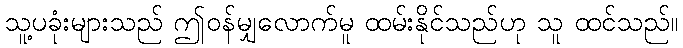
သူ့ပခုံးများသည် ဤဝန်မျှလောက်မူ ထမ်းနိုင်သည်ဟု သူ ထင်သည်။